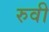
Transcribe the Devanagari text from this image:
रुवी